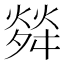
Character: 𤌠